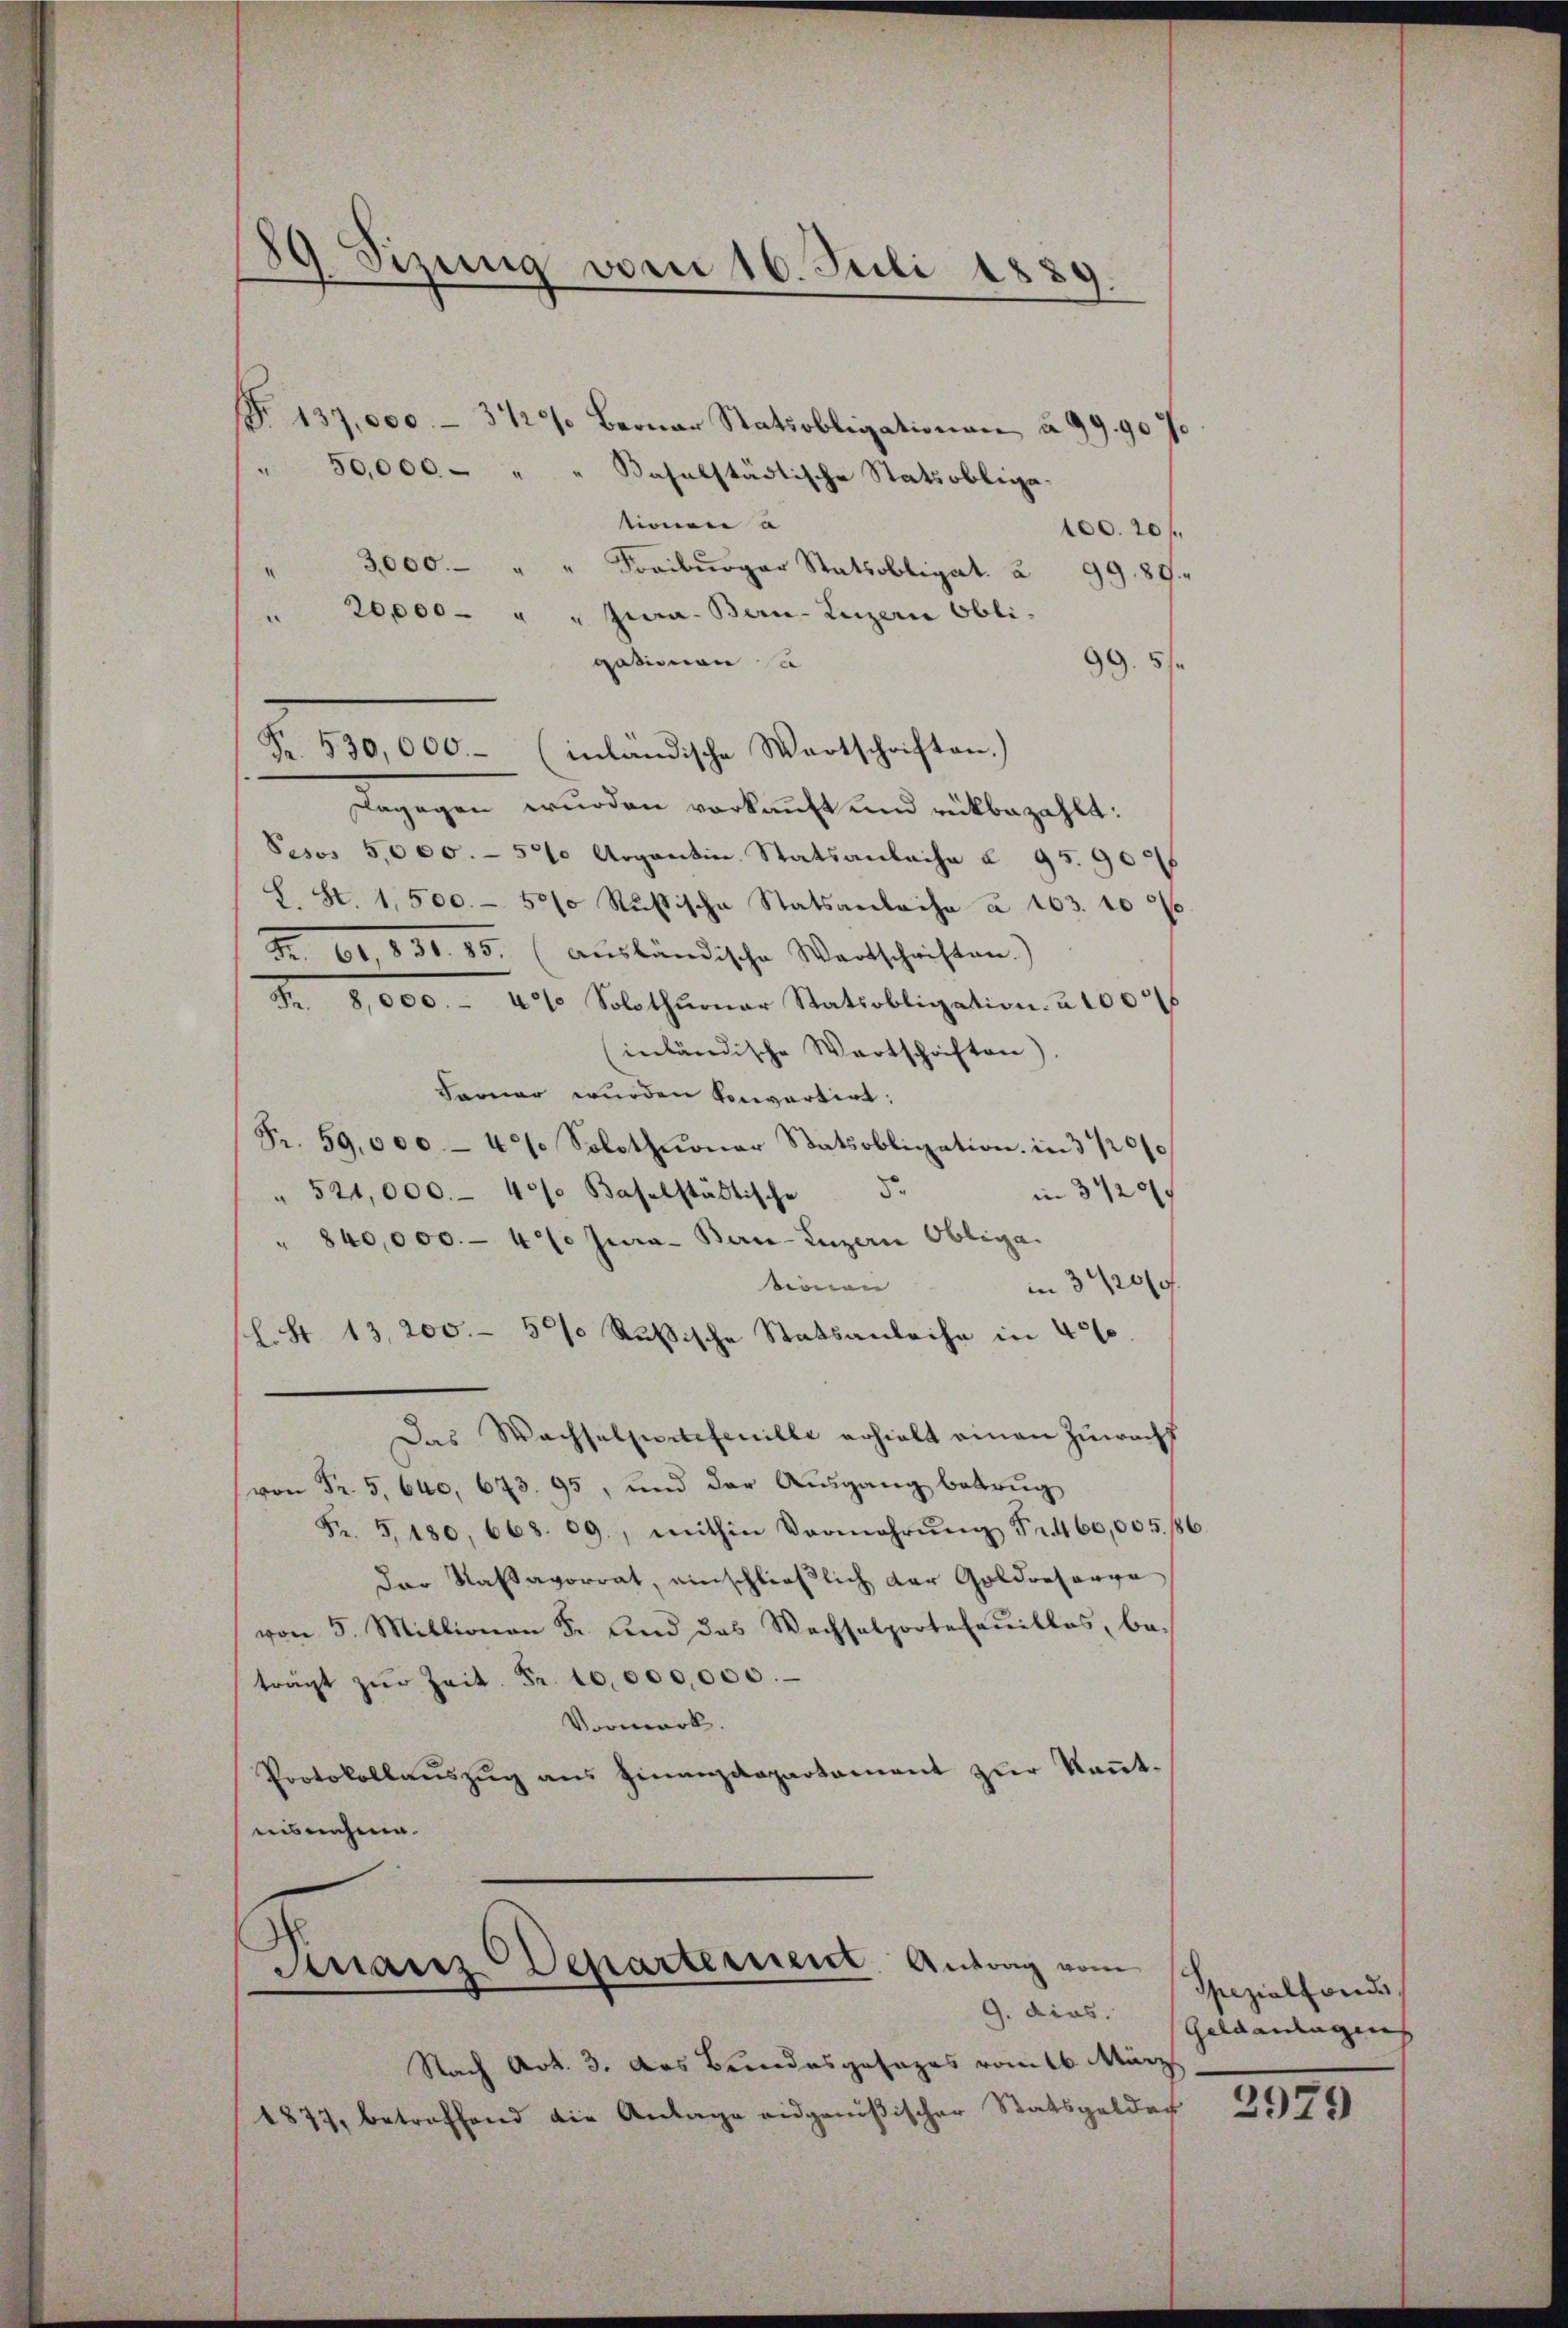
1 Sizung vom 16. Juli 1889.

T. 137,000 - 312. Berner Statsobligationen à 99. 90 J
" 50,000 - " " Baselstädtische Statsobliga
tionen a
100.20 f
3,000 " " Freiburger Statsobligat. 2 99. 89.
" 20,000 - " " Jura. Bern- Luzern Obli-
gationen a
99. 51
Fr. 530,000.- (inländische Wartschriften.)
dagegen wurden vorkauft und rükbezahlt:
Fesos 5,000. - 500 Argantin Statsanbache § 95. 90
L. St. 1,500. - 5000 Rußische Statsanlache à 163. 1000.
Fr. 60, 831. 85. (ausländische Wartschriften.)
Fr. 8,000.- 4. Solothurner Statsobligation à 100
inländische Wortschriften
Farner wurden konvartirt:
Fr. 59,000 - 4. Solothŭonar Statsobligation in 3 20/
" 521,000.- 40% Baselstädtische 5.
in 3 1/20
" 840,000.- 4. Jura - Bern-Luzern Obliga
sionen
in 3 20/4
l. S. 13,200.- 5% Rußische Statsanleihe in 40%
Das Wachselpertefenille erhielt einen Zuwacht
 Fr. 5. 640, 673. 95, und der Aŭsgang betrug
Fr. 5. 180, 668. 69., mithin Vermehrŭng Fr. 460,005. 686.
Der Kassavorrat, einschließlich der Goldreserva
von 5. Millionen Fr. und das Wachsalportesaŭitlos, be-
trägt zŭr Zeit. Fr. 10,000,000.
Vormerk.
Protokollaŭszŭg aŭs Finanzdepartament zur Keṅt-
isnahme.

Finanz-Departement. Antrag vom
9. dies.

Nach Art. 3. das Bundesgesages vom 16. März
1877, betreffend die Anlage eidgenößischer Statsgelder

Spezialfonds
eldanlagens

2979